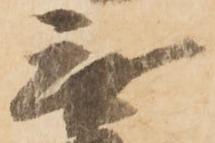
無